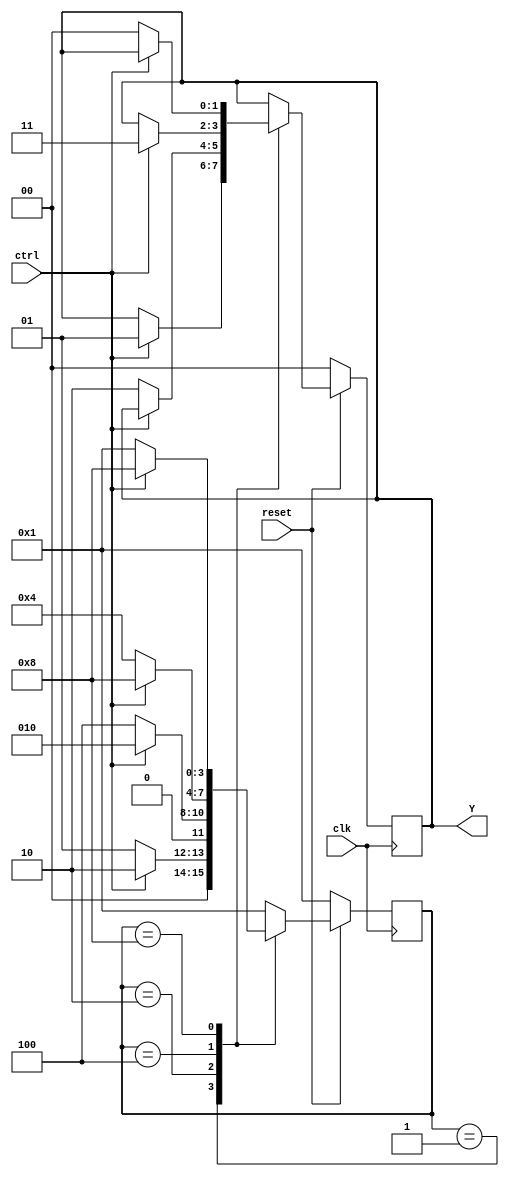
module FSM( output reg [1:0] Y,
            input clk, ctrl, reset
            );
    reg [3:0] state;
    parameter IDLE = 4'b0001, START = 4'b0010, STOP = 4'b0100, CLEAR = 4'b1000;

    always @(posedge clk) begin
        if(!reset) begin
            state <= IDLE;
            Y <= 2'b00;
        end
        else
            case (state)
                IDLE:   begin
                            if(ctrl) begin
                                state <= START; Y <= 2'b01;
                            end
                            else
                                state <= IDLE;
                        end
                START:  begin
                            if(!ctrl) begin
                                state <= STOP;  Y <= 2'b10;
                            end
                            else 
                                state <= START;
                        end
                STOP:   begin   
                            if(ctrl) begin  
                                state <= CLEAR; Y <= 2'b11;
                            end
                            else
                                state <= STOP;
                        end
                CLEAR:  begin
                            if(!ctrl) begin
                                state <= IDLE;  Y <= 2'b00;
                            end
                            else    
                                state <= CLEAR;
                        end
                default:    state <= IDLE;
            endcase
    end
endmodule